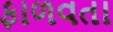
ફાળવતા